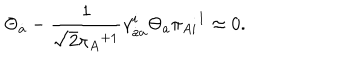
\Theta _ { \dot { a } } - \frac 1 { \sqrt { 2 } { \pi _ { A } } ^ { + 1 } } \gamma _ { \dot { a } a } ^ { i } \Theta _ { a } \pi _ { A i } { } ^ { 1 } \approx 0 .